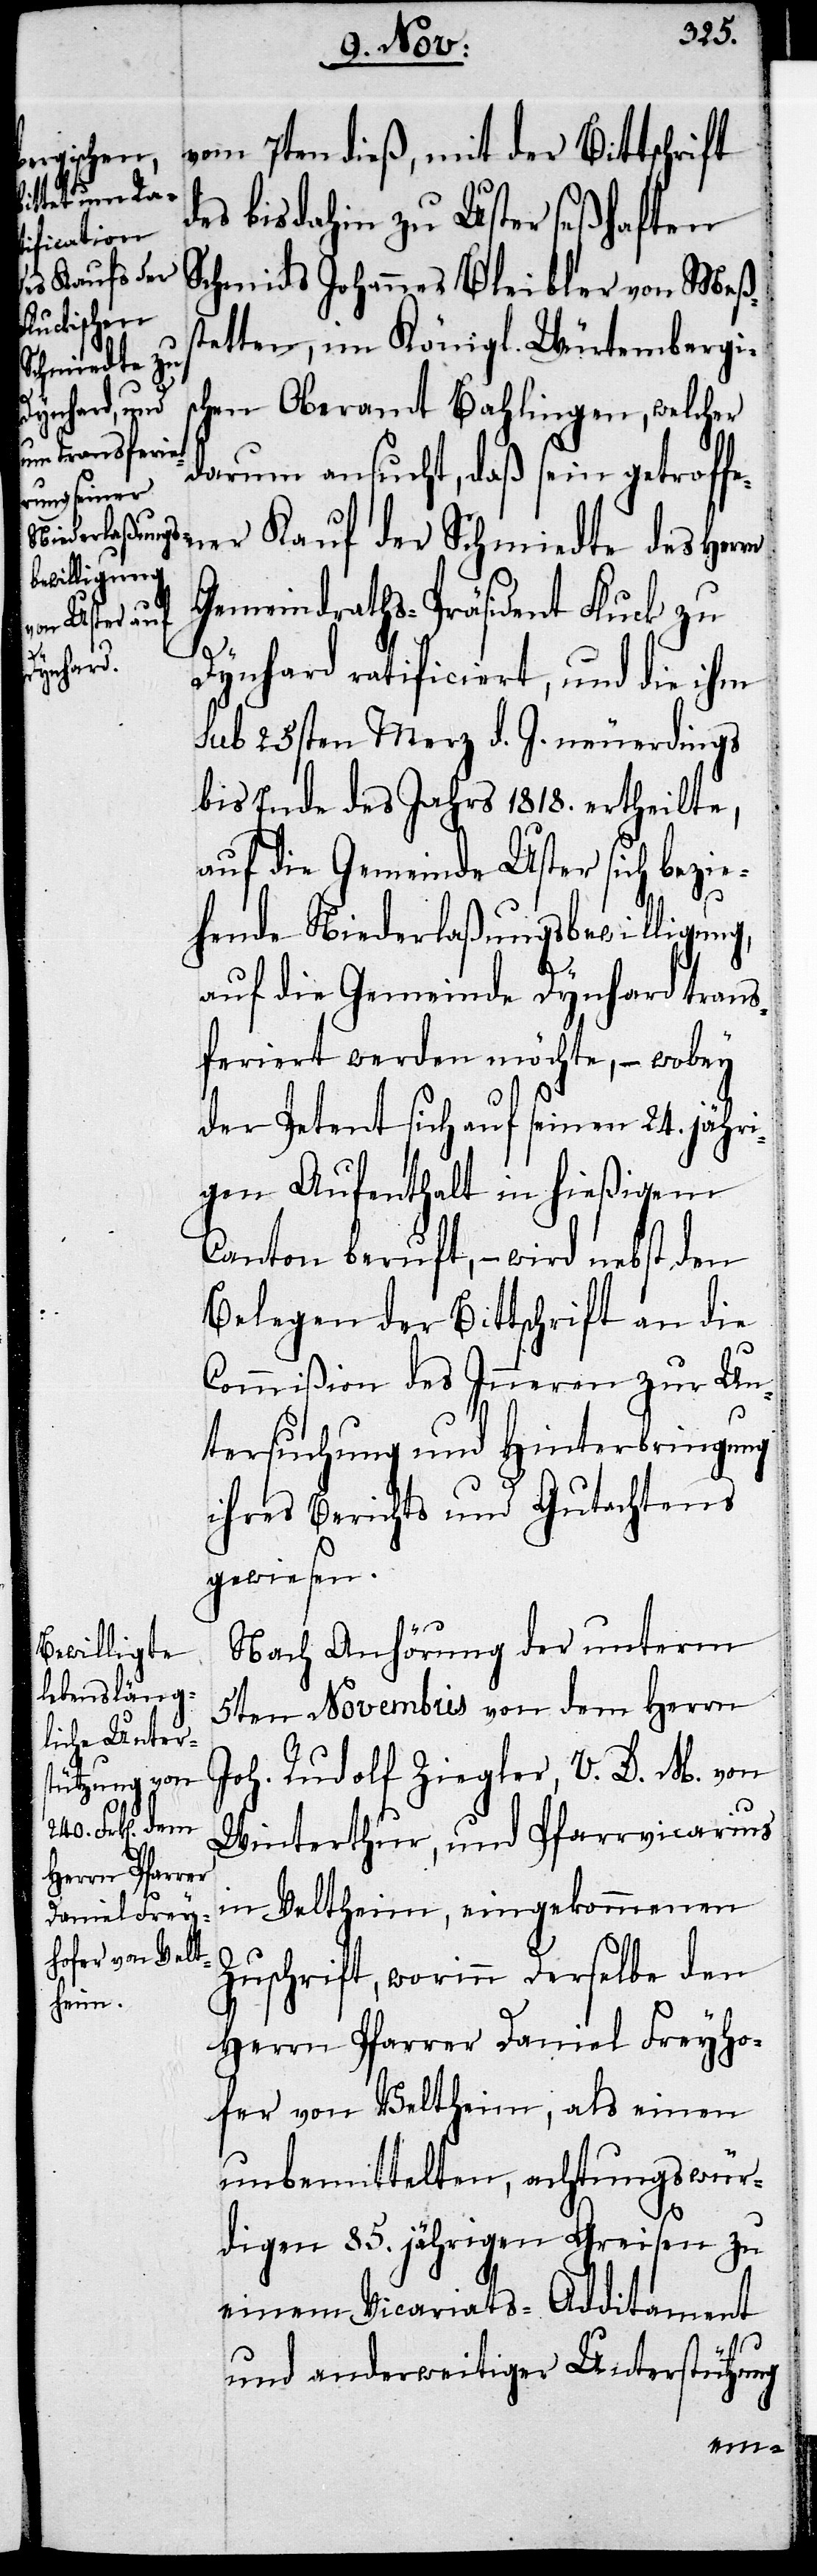
vom 7ten dieß, mit der Bittschrift
des bis dahin zu Uster seßhaften
Schmids Johannes Bleibler von Meßs¬
tetten, im Königl. Würtembergi¬
schen Oberamt Bahlingen, welcher
darum ansucht, daß sein getroff¬
ener Kauf der Schmiedte des Herrn
Gemeinderaths-Präsident Fluck zu
Dynhard ratificiert, und die ihm
sub 25sten Merz d. J. neuerdings
bis Ende des Jahrs 1818. ertheilte,
auf die Gemeinde Uster sich bezie¬
hende Niederlaßungsbewilligung,
auf die Gemeinde Dynhard trans¬
feriert werden möchte, – wobey
der Petent sich auf seinen 24. jähri¬
gen Aufenthalt in hießigem
Canton beruft, – wird nebst den
Belegen der Bittschrift an die
Commißion des Inneren zur Un¬
tersuchung und Hinterbringung
ihres Berichts und Gutachtens
gewiesen.
Nach Anhörung der unterm
5ten Novembris von dem Herrn
Joh. Rudolf Ziegler, V. D. M. von
Winterthur, und Pfarrvicarius
in Veltheim, eingekommenen
Zuschrift, worinn derselbe den
Herrn Pfarrer Daniel Freyho¬
fer von Veltheim, als einen
unbemittelten, achtungswür¬
digen 85. jährigen Greisen zu
einem Vicariats-Additament
und anderweitiger Unterstützung